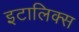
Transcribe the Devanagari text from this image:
इटालिक्स